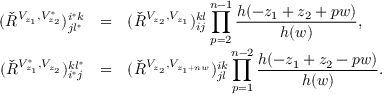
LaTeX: \begin{array} { r c l } { { ( \check { R } ^ { V _ { z _ { 1 } } , V _ { z _ { 2 } } ^ { * } } ) _ { j l ^ { * } } ^ { i ^ { * } k } } } & { { = } } & { { ( \check { R } ^ { V _ { z _ { 2 } } , V _ { z _ { 1 } } } ) _ { i j } ^ { k l } \displaystyle \prod _ { p = 2 } ^ { n - 1 } \frac { h ( - z _ { 1 } + z _ { 2 } + p w ) } { h ( w ) } , } } \\ { { ( \check { R } ^ { V _ { z _ { 1 } } ^ { * } , V _ { z _ { 2 } } } ) _ { i ^ { * } j } ^ { k l ^ { * } } } } & { { = } } & { { ( \check { R } ^ { V _ { z _ { 2 } } , V _ { z _ { 1 } + n w } } ) _ { j l } ^ { i k } \displaystyle \prod _ { p = 1 } ^ { n - 2 } \frac { h ( - z _ { 1 } + z _ { 2 } - p w ) } { h ( w ) } . } } \end{array}